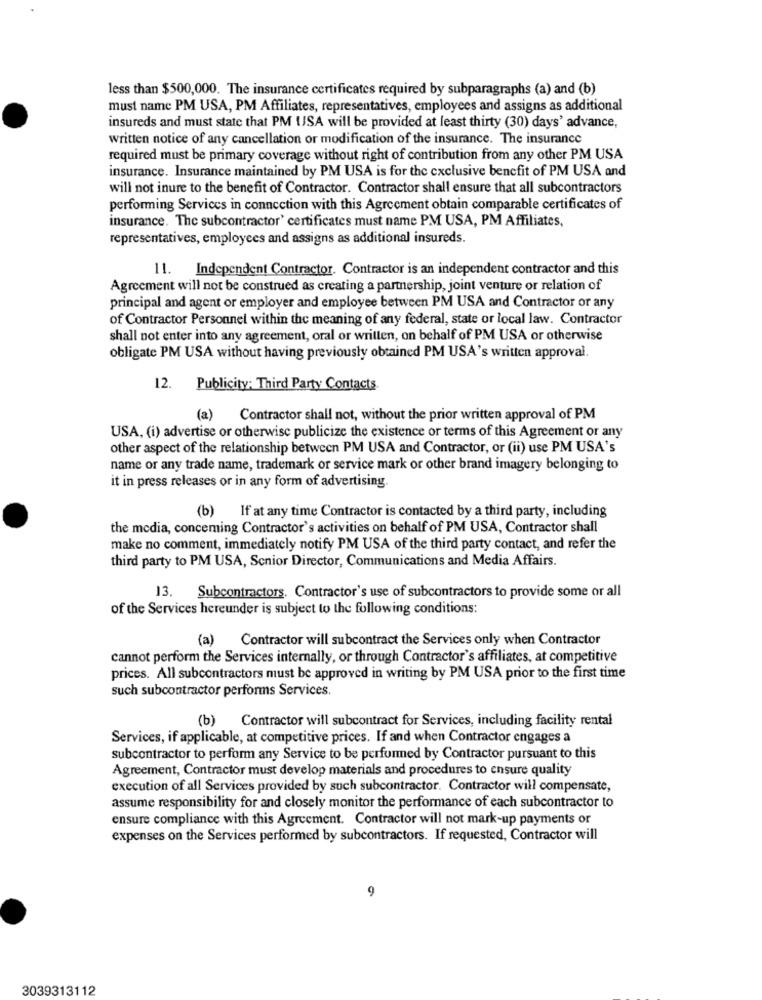
less than $500,000. The insurance certificates required by subparagraphs (a) and (b)
must name PM USA, PM Affiliates, representatives, employees and assigns as additional
insureds and must state that PM USA will be provided at least thirty (30) days' advance,
written notice of any cancellation or modification of the insurance. The insurance
required must be primary coverage without right of contribution from any other PM USA
insurance. Insurance maintained by PM USA is for the exclusive benefit of PM USA and
will not inure to the benefit of Contractor. Contractor shall ensure that all subcontractors
performing Services in connection with this Agreement obtain comparable certificates of
insurance. The subcontractor' certificates must name PM USA, PM Affiliates,
representatives, employees and assigns as additional insureds.
11. Independent Contractor. Contractor is an independent contractor and this
Agreement will not be construed as creating a partnership, joint venture or relation of
principal and agent or employer and employee between PM USA and Contractor or any
of Contractor Personnel within the meaning of any federal, state or local law. Contractor
shall not enter into any agreement, oral or written, on behalf of PM USA or otherwise
obligate PM USA without having previously obtained PM USA's written approval.
12. Publicity: Third Party Contacts.
(a)
Contractor shall not, without the prior written approval of PM
USA, (i) advertise or otherwise publicize the existence or terms of this Agreement or any
other aspect of the relationship between PM USA and Contractor, or (ii) use PM USA's
name or any trade name, trademark or service mark or other brand imagery belonging to
it in press releases or in any form of advertising.
(b) If at any time Contractor is contacted by a third party, including
the media, conceming Contractor's activities on behalf of PM USA, Contractor shall
make no comment, immediately notify PM USA of the third party contact, and refer the
third party to PM USA, Senior Director, Communications and Media Affairs.
13. Subcontractors. Contractor's use of subcontractors to provide some or all
of the Services hereunder is subject to the following conditions:
(a) Contractor will subcontract the Services only when Contractor
cannot perform the Services internally, or through Contractor's affiliates, at competitive
prices. All subcontractors must be approved in writing by PM USA prior to the first time
such subcontractor performs Services.
(b) Contractor will subcontract for Services, including facility rental
Services, if applicable, at competitive prices. If and when Contractor engages a
subcontractor to perform any Service to be performed by Contractor pursuant to this
Agreement, Contractor must develop materials and procedures to ensure quality
execution of all Services provided by such subcontractor. Contractor will compensate,
assume responsibility for and closely monitor the performance of each subcontractor to
ensure compliance with this Agreement. Contractor will not mark-up payments or
expenses on the Services performed by subcontractors. If requested, Contractor will
9
3039313112